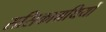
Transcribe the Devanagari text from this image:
ससिकाग्रथियों